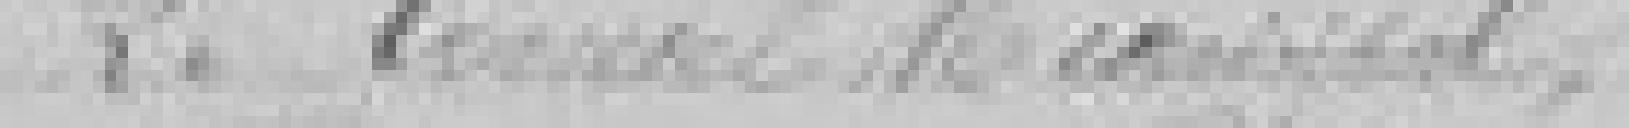
Le Conseil Municipal,